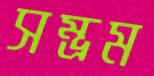
সম্ভ্রম